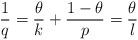
LaTeX: \begin{align*} \frac{1}{q}=\frac{\theta}{k}+\frac{1-\theta}{p}=\frac{\theta}{l}\end{align*}